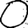
Digit: 0